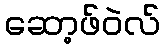
ဆော့ဖ်ဝဲလ်